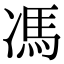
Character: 馮